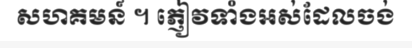
សហគមន៍ ។ ភ្ញៀវទាំងអស់ដែលចង់